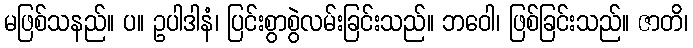
မဖြစ်သနည်။ ပ။ ဥပါဒါနံ၊ ပြင်းစွာစွဲလမ်းခြင်းသည်။ ဘဝေါ၊ ဖြစ်ခြင်းသည်။ ဇာတိ၊